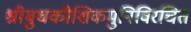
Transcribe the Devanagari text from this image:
श्रीबुधकौशिकमुनिविरचितं